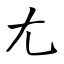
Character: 尢